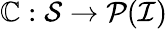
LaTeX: \mathbb{C}:\mathcal{{S}}\to\mathcal{{P}}(\mathcal{{I}})